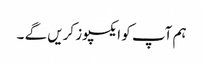
ہم آپ کو ایکسپوز کریں گے ۔